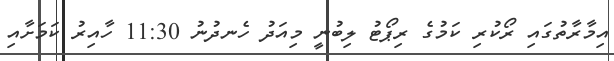
އިމާރާތުގައި ރޯކުރި ކަމުގެ ރިޕޯޓު ލިބުނީ މިއަދު ހެނދުނު 11:30 ހާއިރު ކަމަށާއި